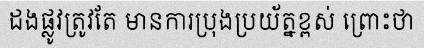
ដងផ្លូវត្រូវតែ មានការប្រុងប្រយ័ត្នខ្ពស់ ព្រោះថា